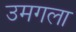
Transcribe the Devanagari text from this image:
उमगला